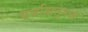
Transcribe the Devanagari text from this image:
वर्षाऋतूमध्ये